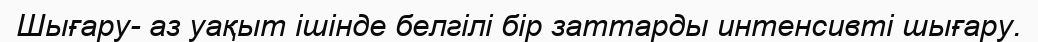
Шығару- аз уақыт ішінде белгілі бір заттарды интенсивті шығару.